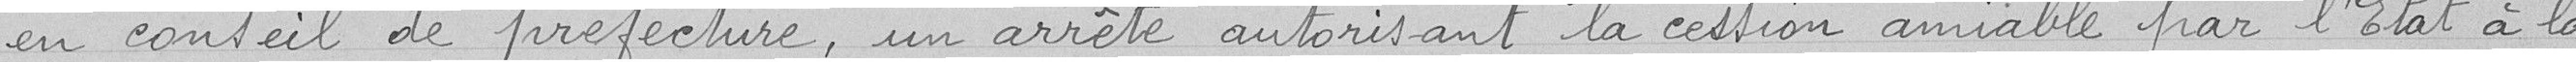
en conseil de préfecture, un arrêté autorisant la cession amiable par l'État à la